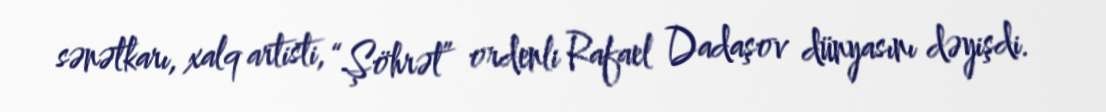
sənətkarı, xalq artisti, “Şöhrət” ordenli Rafael Dadaşov dünyasını dəyişdi.